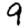
Digit: 9